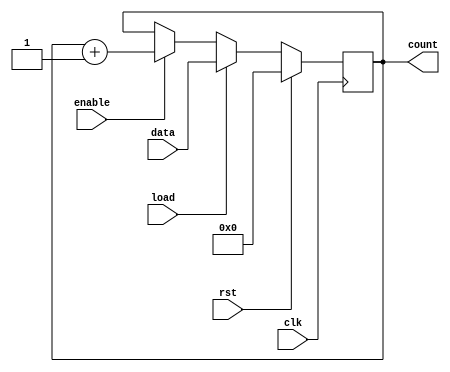
module sync_load_counter #(
    parameter WIDTH = 8  // Define the bit-width of the counter
)(
    input wire clk,      // Clock signal
    input wire rst,      // Reset signal (active high)
    input wire load,     // Load signal
    input wire enable,   // Enable signal
    input wire [WIDTH-1:0] data,  // Data input for loading
    output reg [WIDTH-1:0] count   // Count output
);

    // Synchronous process
    always @(posedge clk) begin
        if (rst) begin
            // Reset the counter to zero
            count <= 0;
        end else if (load) begin
            // Load the specified data into the counter
            count <= data;
        end else if (enable) begin
            // Increment the counter
            count <= count + 1;
        end
    end

endmodule